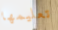
تعليمها